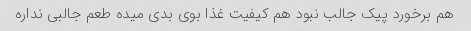
هم برخورد پیک جالب نبود هم کیفیت غذا بوی بدی میده طعم جالبی نداره